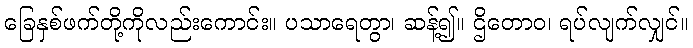
ခြေနှစ်ဖက်တို့ကိုလည်းကောင်း။ ပသာရေတွာ၊ ဆန့်၍။ ဌိတောဝ၊ ရပ်လျက်လျှင်။